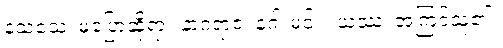
နသံသေ၊ မပြောဆိုရာ။ နာဂရာဇ၊ နဂါးမင်း။ ယဿ၊ အကြင်သူ၏။